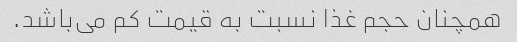
همچنان حجم غذا نسبت به قیمت کم می‌باشد.